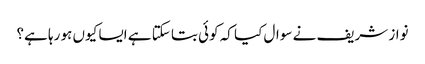
نواز شریف نے سوال کیا کہ کوئی بتا سکتا ہے ایسا کیوں ہو رہا ہے؟